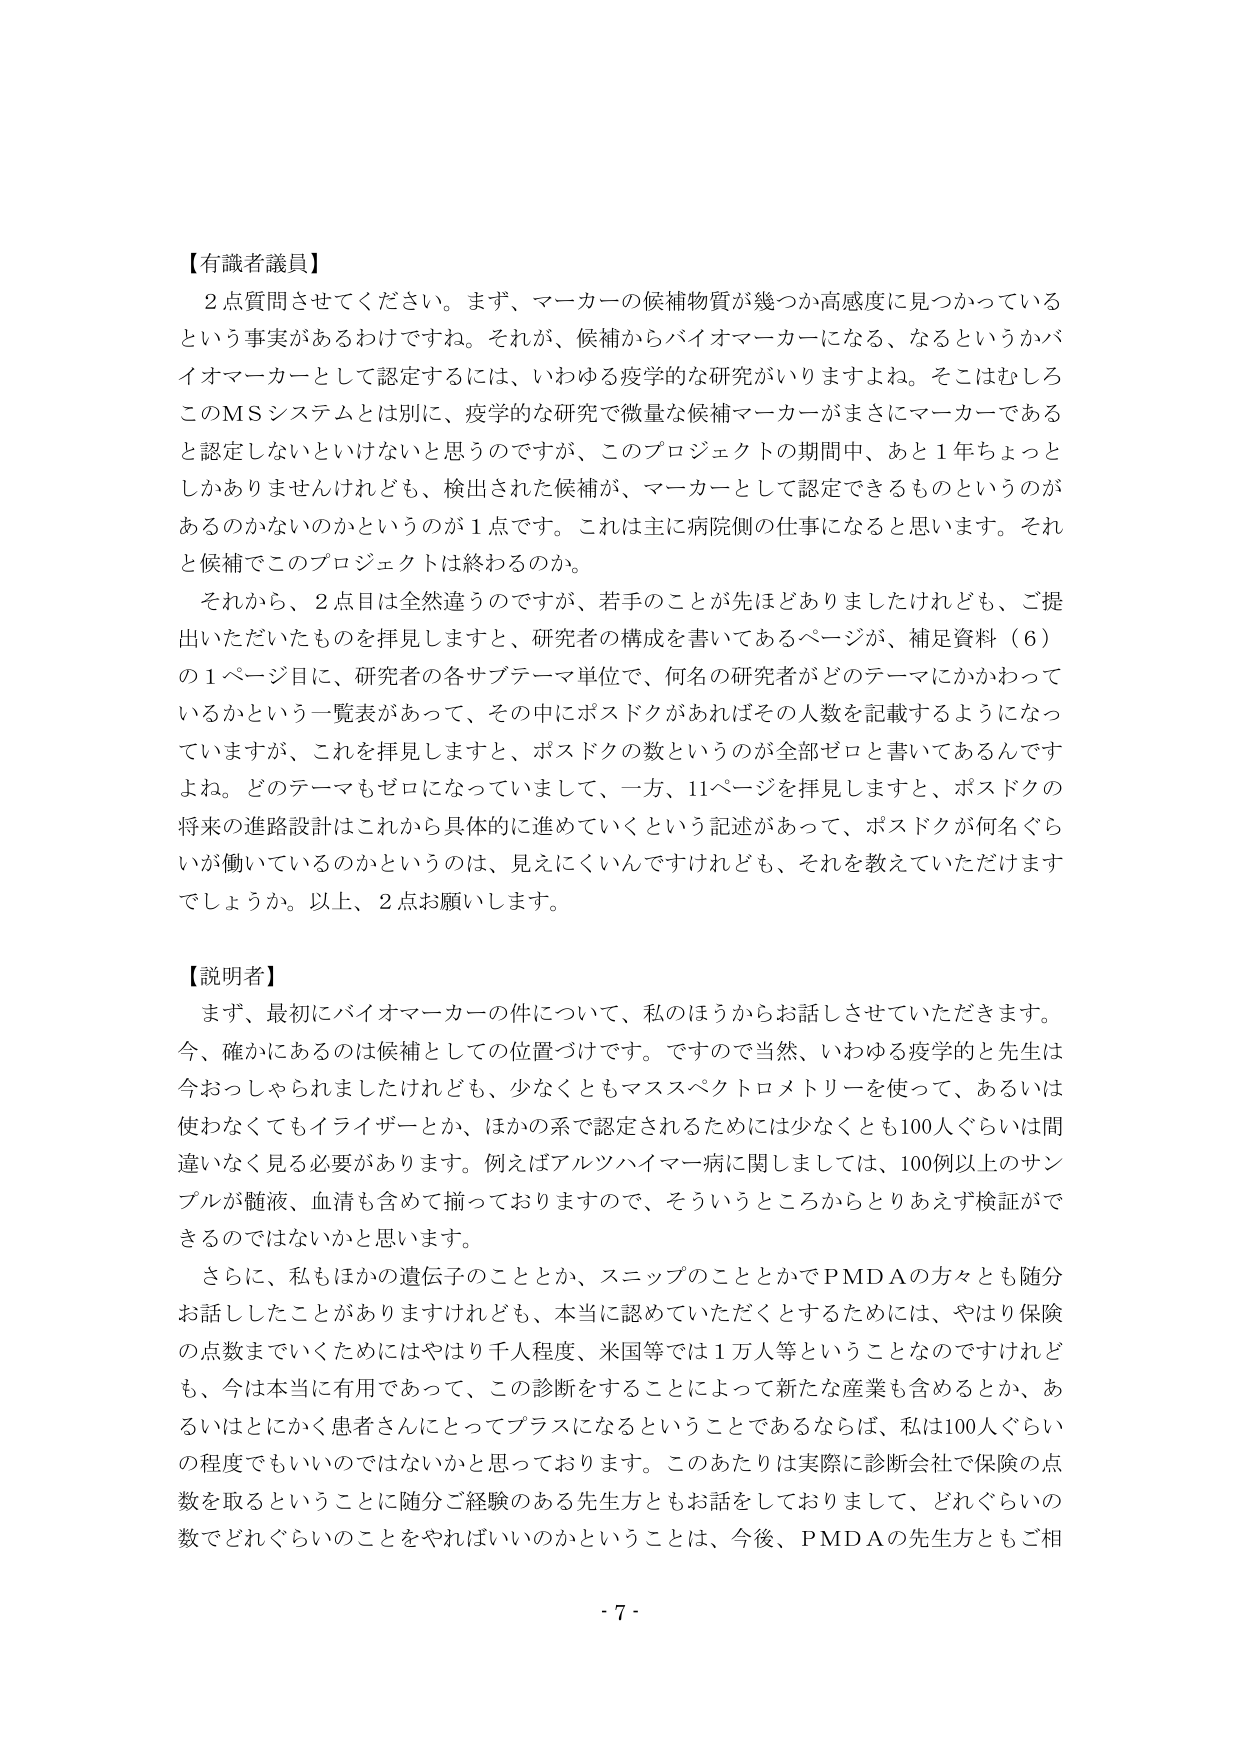
【有識者議員】
２点質問させてください。まず、マーカーの候補物質が幾つか高感度に見つかっているという事実があるわけです。それが、候補からバイオマーカーになる、なるというかバイオマーカーとして認定するには、いわゆる疫学的な研究がいりますよね。そこはむしろこのMSシステムとは別に、疫学的な研究で微量な候補マーカーがまさにマーカーであると認定しないといけないと思うのですが、このプロジェクトの期間中、あと１年ちょっとしかありませんけれども、検出された候補が、マーカーとして認定できるものというのがあるのかないのかというのが１点です。これは主に病院側の仕事になると思います。それと候補でこのプロジェクトは終わるのか。
それから、２点目は全然違うのですが、若手のことが先ほどありましたけれども、ご提出いただいたものを拝見しますと、研究者の構成を書いてあるページが、補足資料（６）の１ページ目に、研究者の各サブテーマ単位で、何名の研究者がどのテーマにかかわっているかという一覧表があって、その中にポスドクがあればその人数を記載するようになっていますが、これを拝見しますと、ポスドクの数というのが全部ゼロと書いてあるんですよね。どのテーマもゼロになっていまして、一方、11ページを拝見しますと、ポスドクの将来の進路設計はこれから具体的に進めていくという記述があって、ポスドクが何名ぐらいが働いているのかというのは、見えにくいんですけれども、それを教えていただけますでしょうか。以上、２点お願いします。

【説明者】
まず、最初にバイオマーカーの件について、私のほうからお話しさせていただきます。今、確かにあるのは候補としての位置づけです。ですので当然、いわゆる疫学のと先生は今おっしゃられましたけれども、少なくともマススペクトロメトリーを使って、あるいは使わなくてもイライザーとか、ほかの系で認定されるためには少なくとも100人ぐらいは間違いなく見る必要があります。例えばアルツハイマー病に関しましては、100例以上のサンプルが髄液、血清も含めて揃っておりますので、そういうところからとりあえず検証ができるのではないかと思います。
さらに、私もほかの遺伝子のこととか、スニップのこととかでPMDAの方々とも随分お話したことがありますけれども、本当に認めていただくとするためには、やはり保険の点数までいくためにはやはり千人程度、米国等では１万人等ということなのですが、今は本当に有用であって、この診断をすることによって新たな産業も含めるとか、あるいはとにかく患者さんにとってプラスになるということであるならば、私は100人ぐらいの程度でもいいのではないかと思っております。このあたりは実際に診断会社で保険の点数を取るということに随分ご経験のある先生方ともお話をしておりまして、どれぐらいの数でどれぐらいのことをやればいいのかということは、今後、PMDAの先生方ともご相

- 7 -